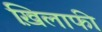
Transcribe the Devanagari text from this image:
ख़िलाफी